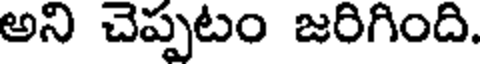
అని చెప్పటం జరిగింది.